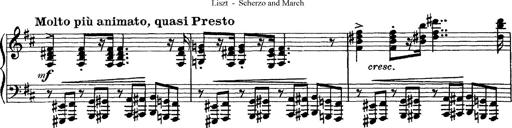
Title: Scherzo und Marsch
Composer: Franz Liszt